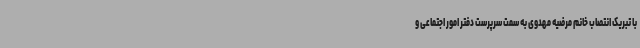
با تبریک انتصاب خانم مرضیه مهدوی به سمت سرپرست دفتر امور اجتماعی و